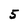
Character: 5